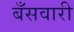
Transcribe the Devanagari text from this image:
बँसवारी